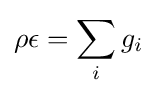
\rho \epsilon =\sum _{i}g_{i}\,\!